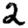
Digit: 2